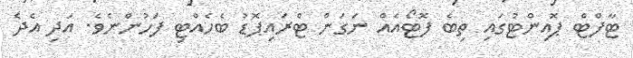
ޓާފްޓް ޕޮއިންޓުގައި ތިބެ ފޮޓޯއެއް ނަގަން ޓްރައިޕޮޑު ބެހެއްޓި ފަހުންނެވެ. އަދި އެދެ